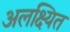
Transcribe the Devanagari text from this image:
अलक्ष्यित